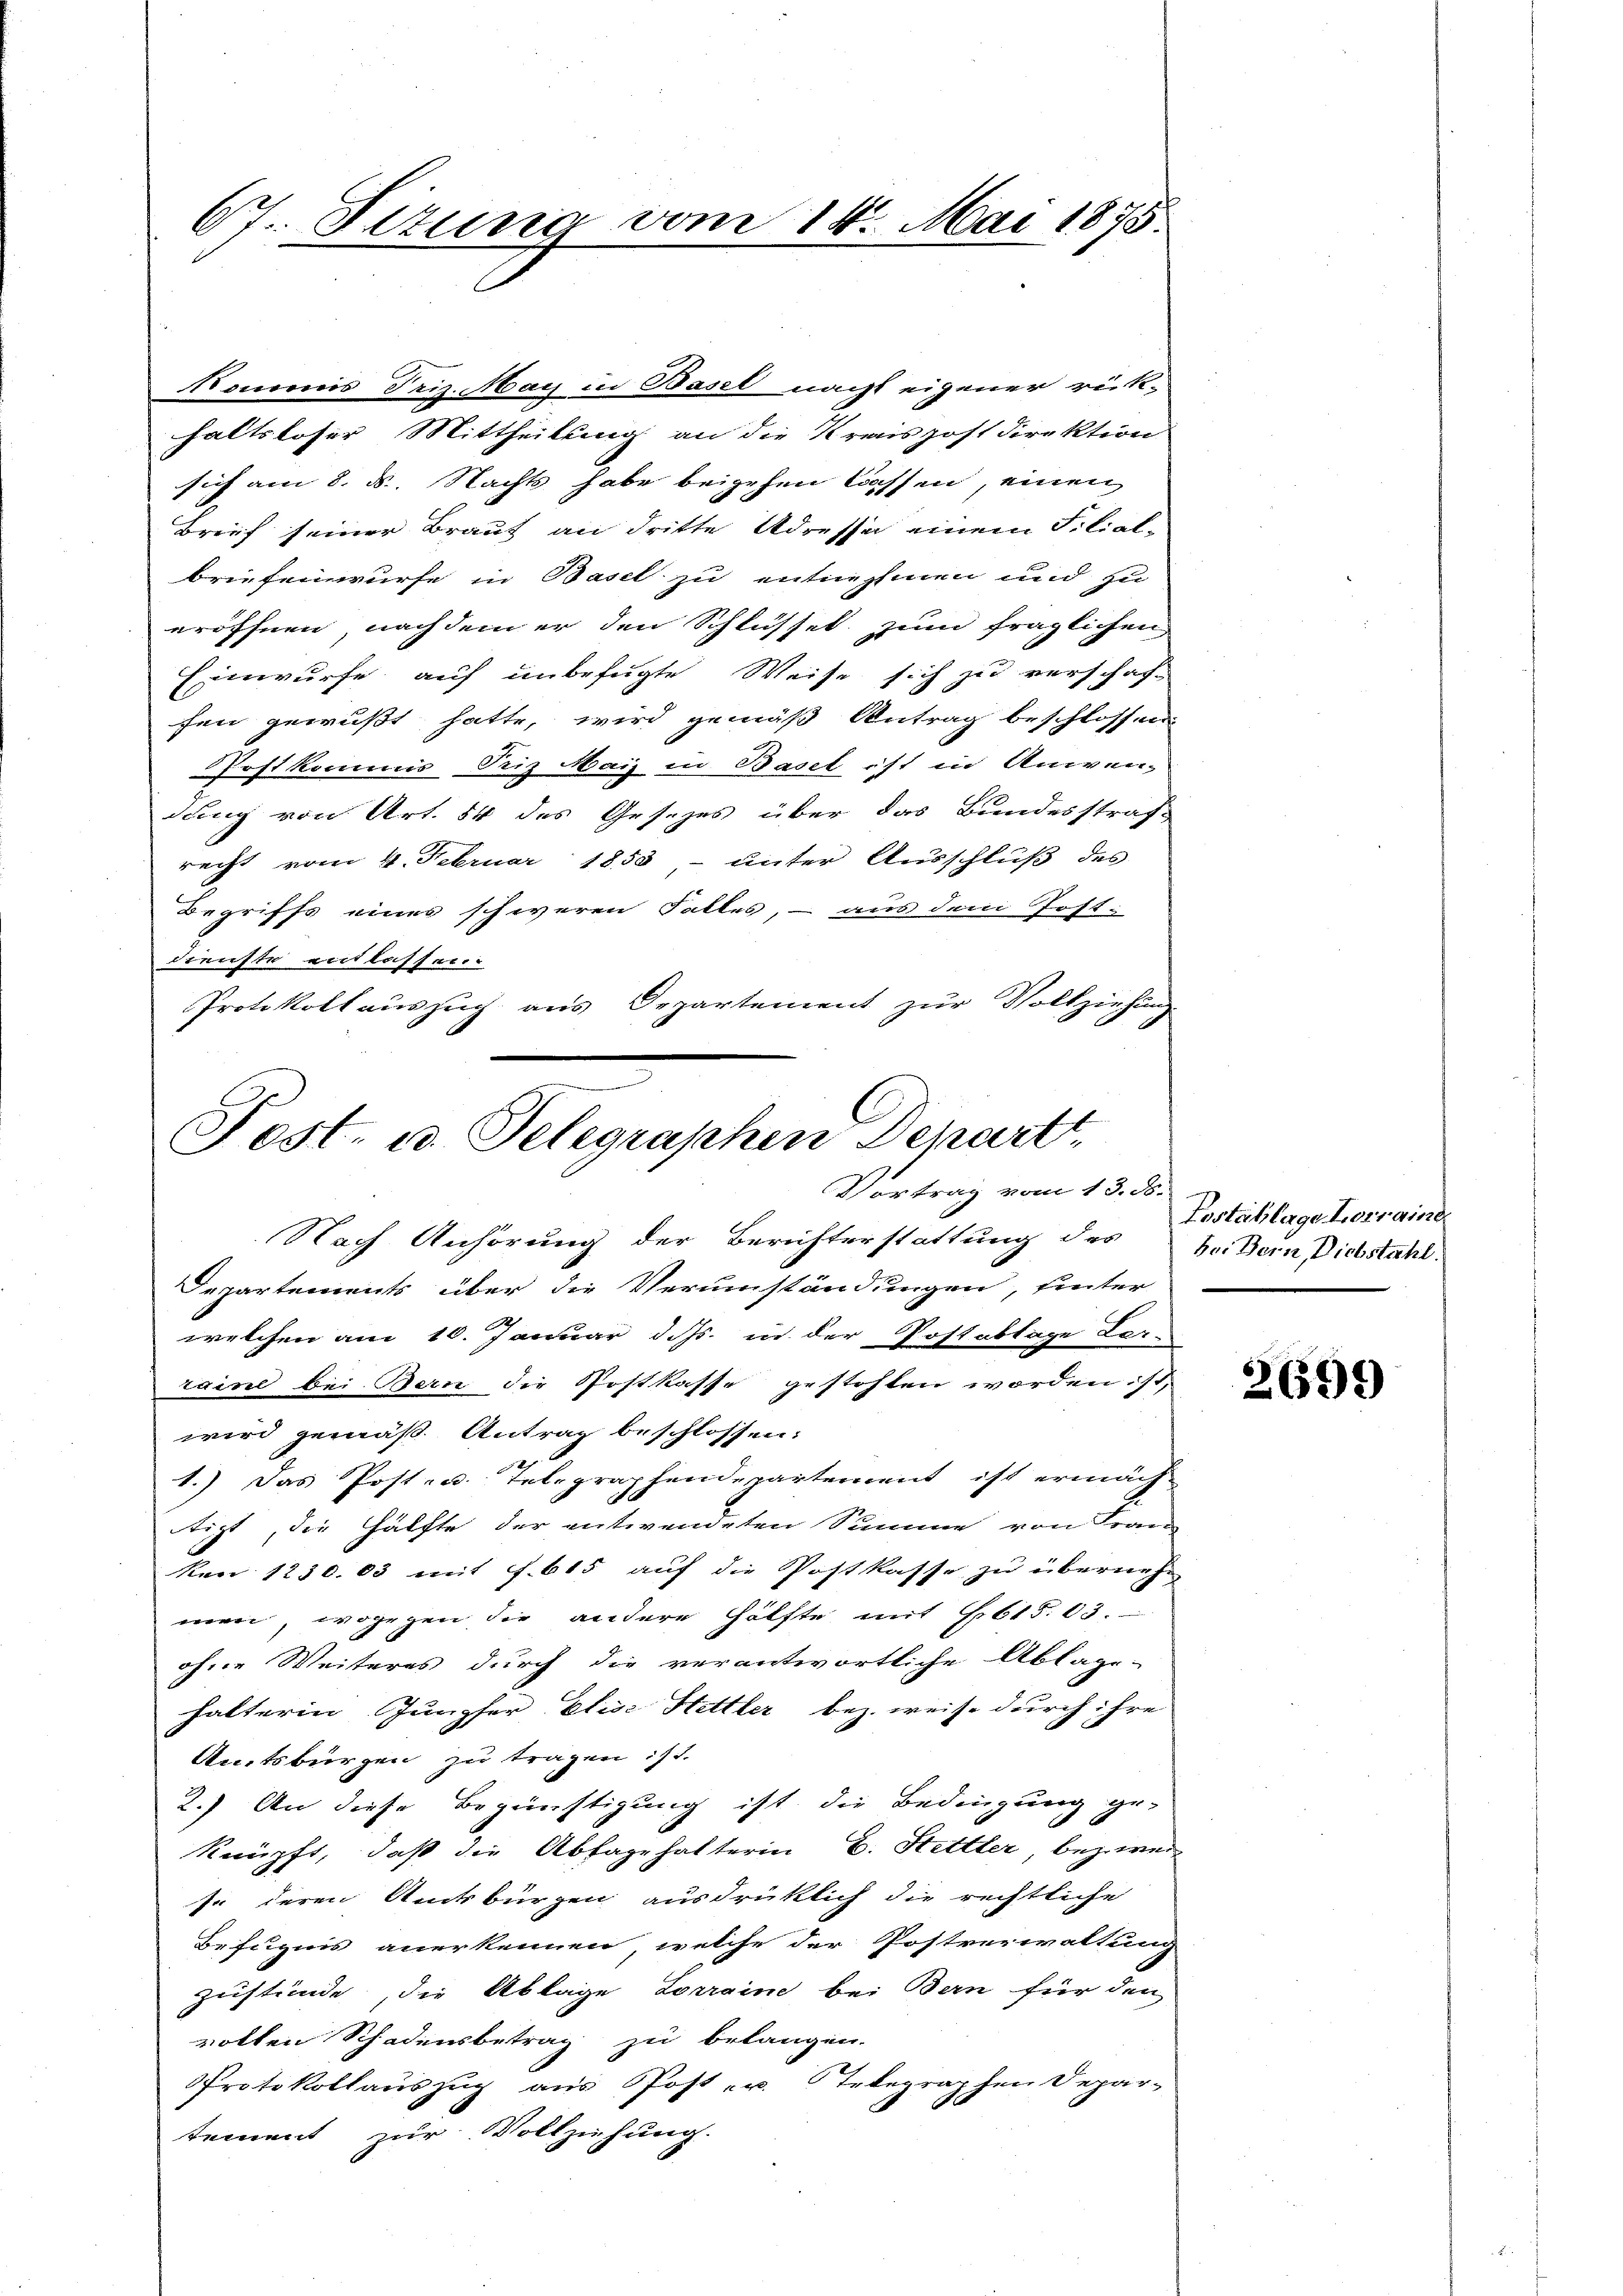
67. Sizung vom 14. Mai 1875.

Nommnis Triz. May in Basel nacht eigener rück-
haltsloser Mittheilung an die Kraispost Direktion
sich am 8. ds. Nacht habe beigehen lassen, einen
Brief seiner Braut an dritte Adresse einem Filial-
briefenwurfe in Basel zu entnehmen und zu
eröffnen, nachdem er den Schlüssel zum fraglichen
Einwurfe auf unbefügte Weise sich zu verschaf-
fen gewußt hatte, wird gemäß Antrag beschlossen
Postkommis Peiz Mais in Basel ist in Anwen-
dung von Art. 54 des Gesezes über das Bundesstraf
recht vom 4. Februar 1853, unter Ausschluß des
Begriffs eines schweren Falles, – aus dem Post-
dienste entlassen.
Protokoll auszug aus Departement zur Vollziehung

Post. u. Telegraphen Departt.
Vortrag vom 13. ds.

Nach Anhörung der Berichterstattung des Hr. Bern Diebstahl
Departements über die Verumständungen, hinter
welchen am 10. Januar d. Js. in der Postablage Lar-
raisel bei Bern die Postkasse gestohlen worden ist,
wird gemäß Antrag beschlossen:
1.) Das Post- u. Telegraphendepartement ist ermäch-
tigt, die Hälfte der entwendeten Summe von Fran
ken 1230.03 mit f. 615 auf die Postkasse zu überneh
men, wogegen die andere Hälfte mit 615. 63.
ohne Weiteres durch die verantwortliche Ablage-
halterin Jungfer Elise Hettler bez. weise durch ihre
Amtsbürgen zu tragen ist.
2.) An diese Begünstigung ist die Bedingung ge-
knüpft, daß die Abfagehalterin E. Stettler, bezweise deren Amtsbürgen ausdrücklich die rechtliche
Befugnis anerkennen, welche der Postverwaltung
Zustände, die Ablage Lorraine bei Bern für den
volten Schadensbetrag zu belangen.
Protokollauszug aus Post- u. Telegraphen Depar-
tement zur Vollziehung.

Postschlage horraine

2699